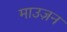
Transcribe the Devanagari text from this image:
माउज़न